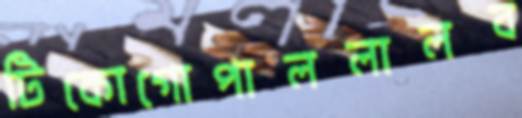
টিকোগোপাললালব